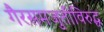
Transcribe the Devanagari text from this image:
गैरसमजुतींविरुद्ध